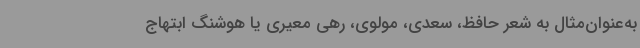
به‌عنوان‌مثال به شعر حافظ، سعدی، مولوی، رهی معیری یا هوشنگ ابتهاج